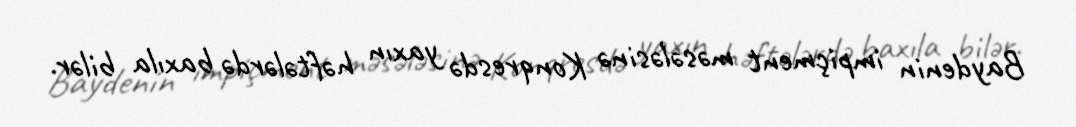
Baydenin impiçment məsələsinə Konqresdə yaxın həftələrdə baxıla bilər.